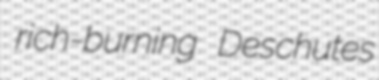
rich-burning Deschutes